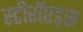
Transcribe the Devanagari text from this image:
स्टीरॉएड्स